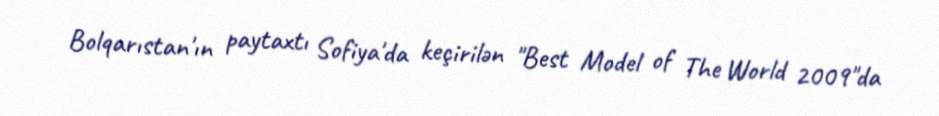
Bolqarıstan'ın paytaxtı Sofiya'da keçirilən "Best Model of The World 2009"da